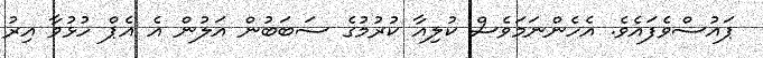
ޕައުސްވެފައެވެ. އެހެންނަމަވެސް ކުލިއާ ކުރުމުގެ ސަބަބުން އަލުން އެ އެޕް ހުޅުވާ އިރު